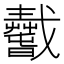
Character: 𢨢